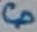
Text: CP